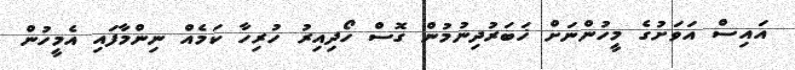
އައިސް އަވަށުގެ މީހުންނަށް ޚަބަރުދިނުމުން ގޮސް ހޯދިއިރު ހުރިހާ ކަމެއް ނިންމާފައި އެމީހުން